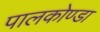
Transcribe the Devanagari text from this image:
पालकोण्डा